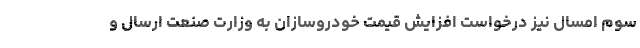
سوم امسال نیز درخواست افزایش قیمت خودروسازان به وزارت صنعت ارسال و